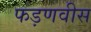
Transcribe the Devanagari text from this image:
फड़णवीस